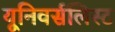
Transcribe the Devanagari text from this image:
यूनिवर्सलिस्ट